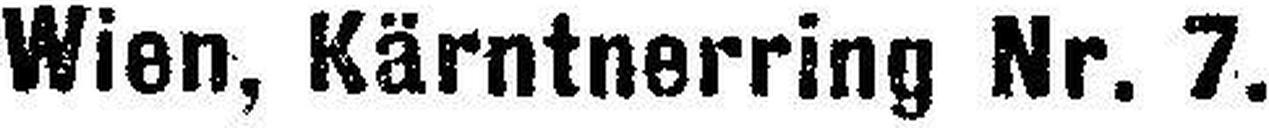
Wien, Kärntnerring Nr. 7.